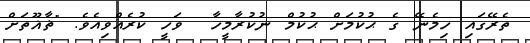
ތެރޭގައި ހިމެނޭ ގެ ޙުކުމަށް ޙުކުމް ނުކުރާމީހާ  ވަހީ ކުރެއްވިއެވެ. "ޡާޣޫތަށް